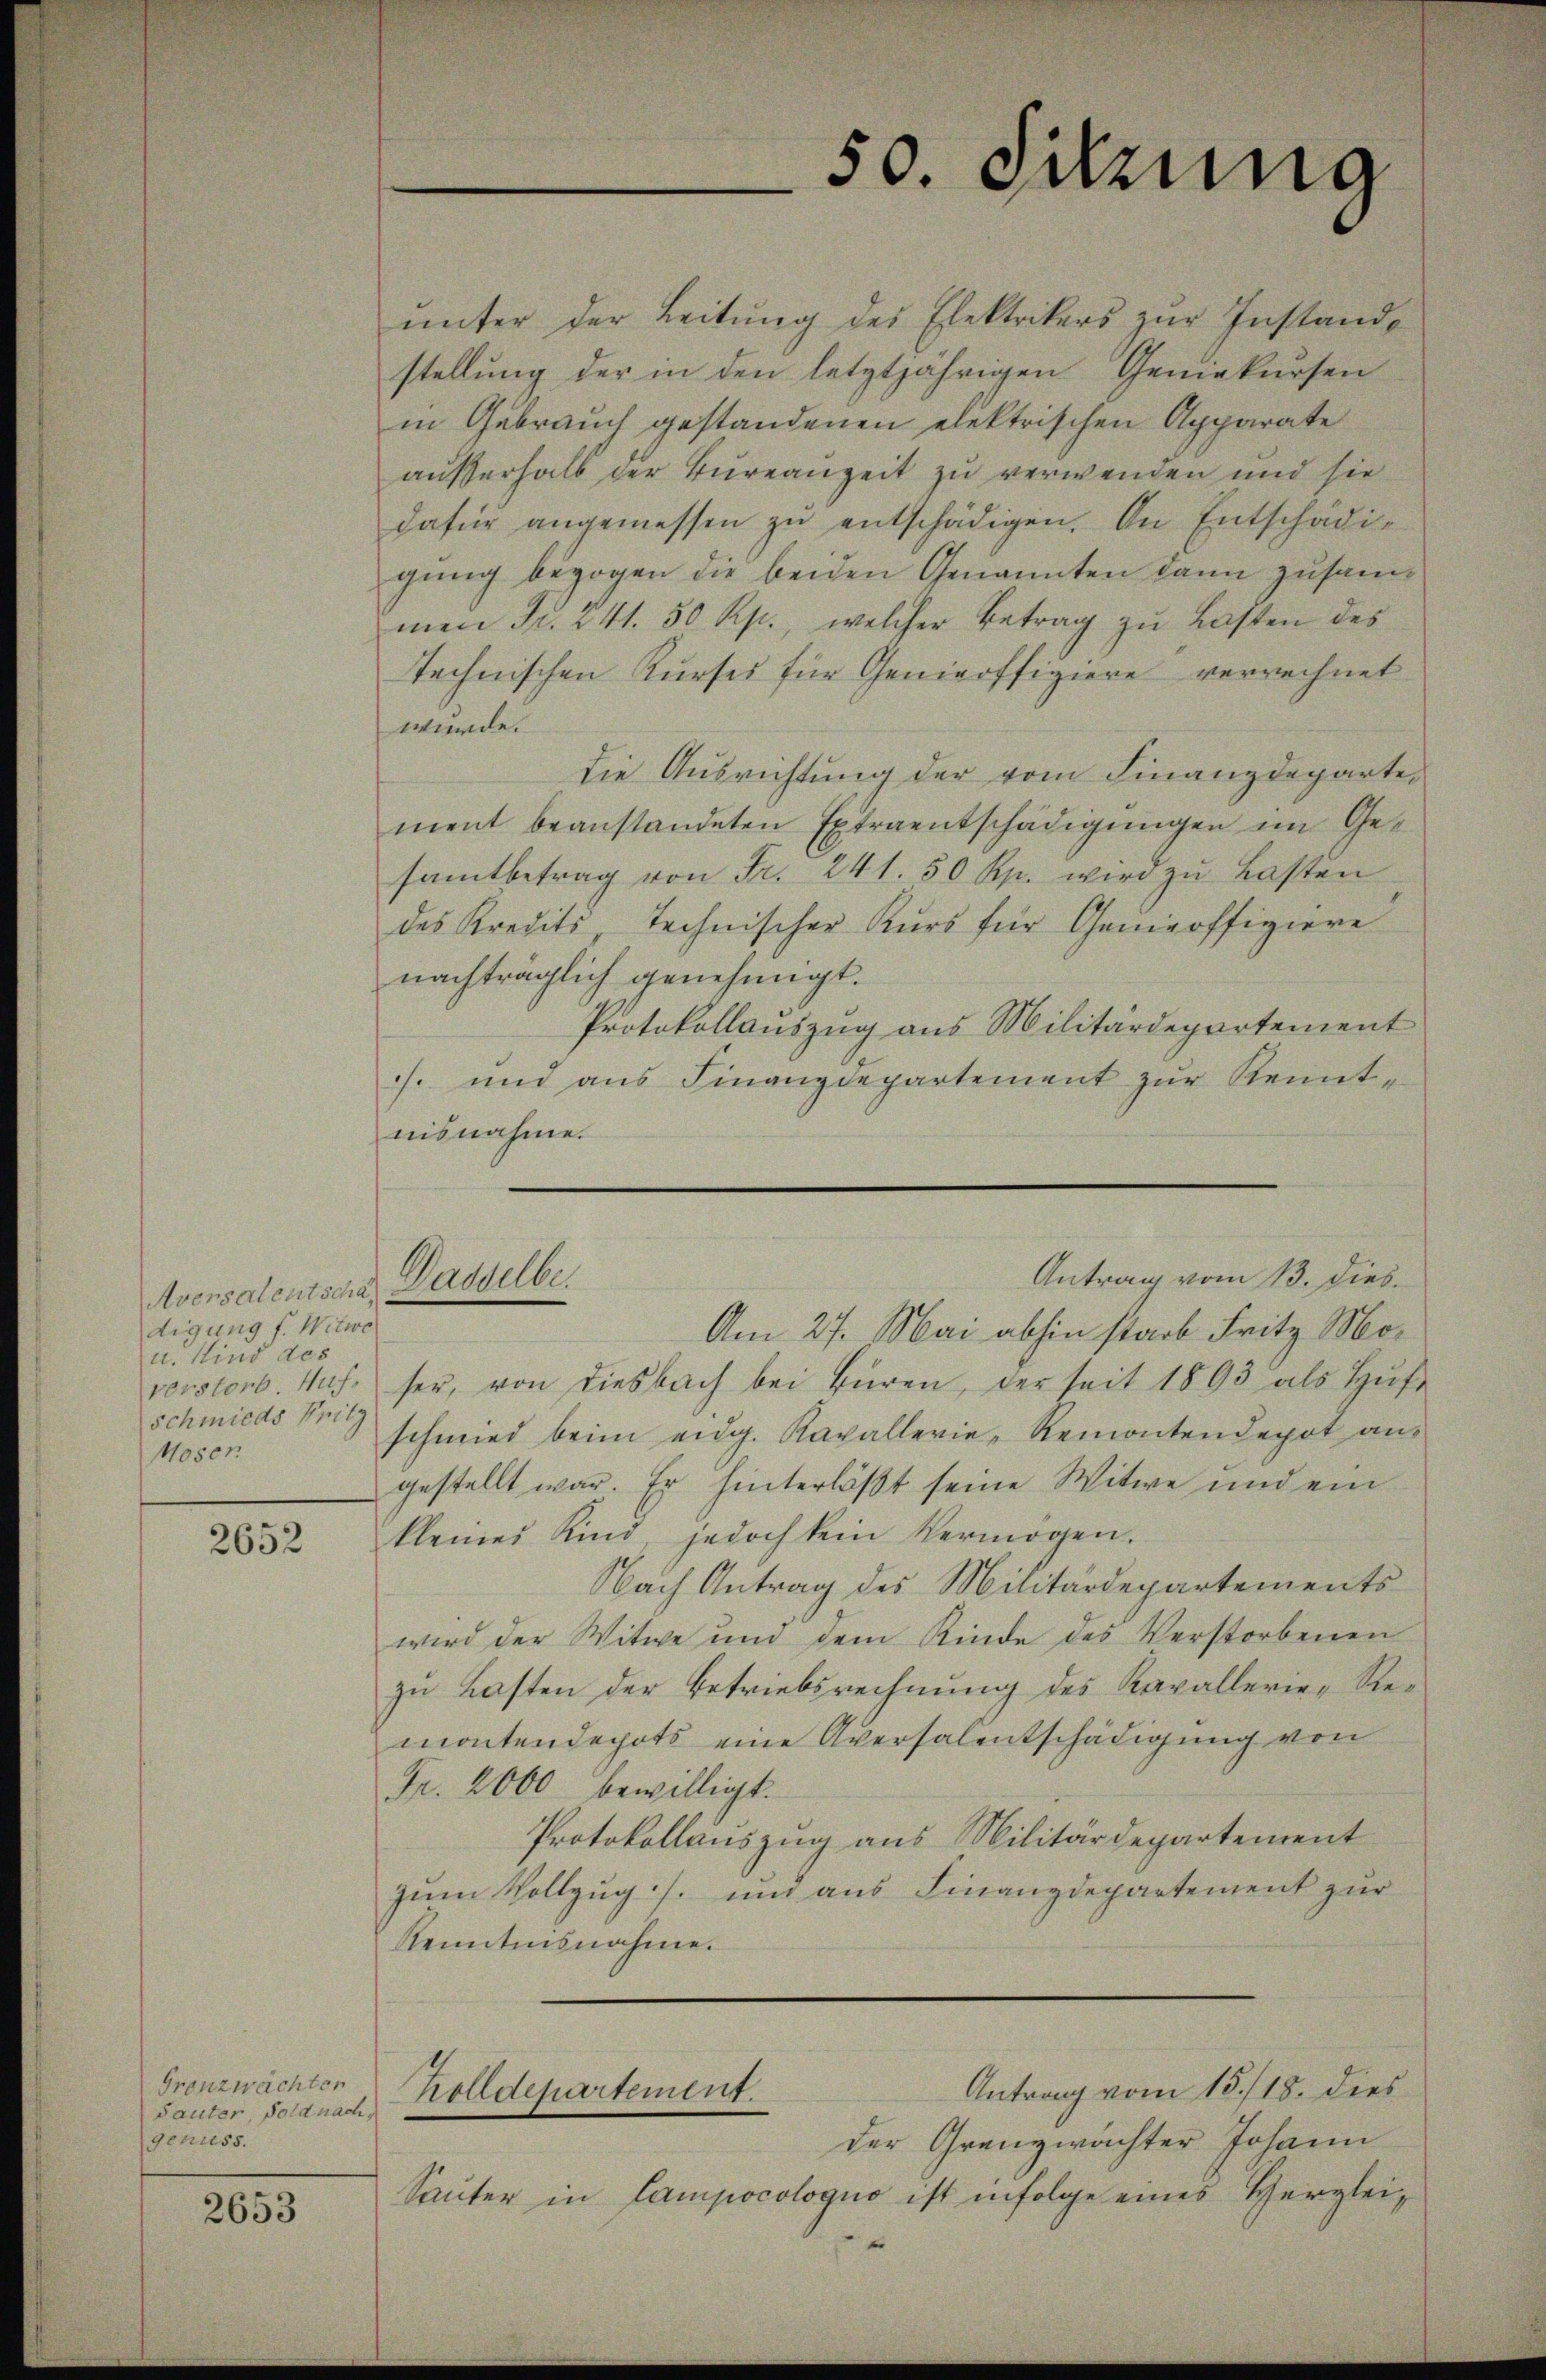
Aversalentscha
digung f. Witwe
u. Kind des
verstorb. Nach¬
Schmieds Pritz
Moser

2652

Grenzwachten
Sauter, Soldnach,
genuss.

2653

50. Irrung

ŭnter der Leitŭng des Elektrikers zŭr Instand-
stellung der in den letztjährigen Geniekursen
in Gebrauch gestandenen elektrischen Apparate
außerhalb der Bureauzeit zu verwenden und sie
dafür angemessen zu entschädigen. An Entschädigung bezogen die beiden Genannten dann zusammen Fr. 241. 50 Rp., welcher Betrag zu Lasten des
technischen Kurses für Genieoffiziere verrechnet
würde.
die Ausrichtung der vom Finanzdeparte,
ment beanstandeten Extraentschädigungen im Gesamtbetrag von Fr. 241. 50 Rp. wird zu Lasten
des Kredits technischer Kurs für Genieoffiziere
nachträglich genehmigt.
Protokollauszug aus Militärdepartement
s. und ans Finanzdepartement zŭr Kennt-
nisnahme.

Am 27. Mai abhin starb Fritz Moser, von diesbach bei Büren, der seit 1893 als Hufschmied beim eidg. Kavallerie-Remontendepot ans
gestellt war. Er hinterläßt seine Witwe und ein
kleines Kind, jedoch kein Vermögen.
Nach Antrag des Militärdepartements
wird der Witwe und dem Kinde des Verstorbenen
zu Lasten der Betriebsrechnung des Kavallerie-Remontendepots eine Aversalentschädigung von
Fr. 2000 bewilligt.
Protokollauszug aus Militärdepartement
zum Vollzug s. und aus Finanzdepartement zur
Kenntnisnahme.

Antrag vom 13. dies.
Gasselber

Antrag vom 15./18. dies
holldepartement.

der Granzwachter Johann
Sauter in Campocologuo ist infolge eines Herglei¬